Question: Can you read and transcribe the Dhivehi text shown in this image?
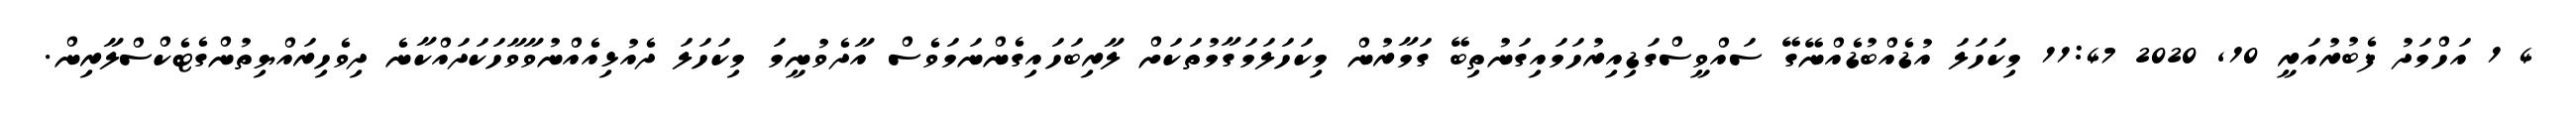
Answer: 4 1 އަހްމަދު ފެބުރުއަރީ 10, 2020 11:47 މިކަހަލަ އުޑެއްބުޑެއްނޭގޭ ސައްވީސްގަޑިއިރުހަމައިގަނުތިބޭ ގަމާރުން މިކަހަލަމަގާމުތަކަށް ލާރިބަހައިގެންނަމަވެސް އާދެވުނީމަ މިކަހަލަ ދެއުޅިއެއްނުވާވާހަކަދައްކާނެ ދިވެހިރައްޔިތުންގެޓެކްސްލާރިން.